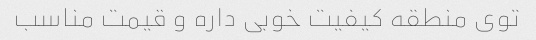
توی منطقه کیفیت خوبی داره و قیمت مناسب